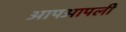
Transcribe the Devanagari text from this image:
आपआपली